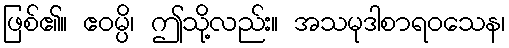
ဖြစ်၏။ ဧဝမ္ပိ၊ ဤသို့လည်း။ အသမုဒါစာရဝသေန၊